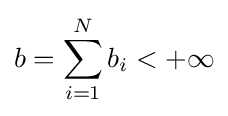
b=\sum _{i=1}^{N}b_{i}<+\infty